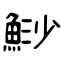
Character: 鯋